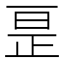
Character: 𫠱